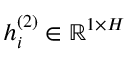
h _ { i } ^ { ( 2 ) } \in \mathbb { R } ^ { 1 \times H }